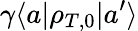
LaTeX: \gamma\langle a|\rho_{T,0}|a^{\prime}\rangle